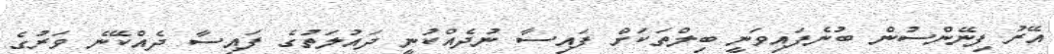
އޭރު ފިނޭންސުން ބުނެފައިވަނީ ބިލްތަކަށް ފައިސާ ނުދެއްކުނީ ދައުލަތުގެ ފައިސާ ދެއްކޭނެ ވަރުގެ